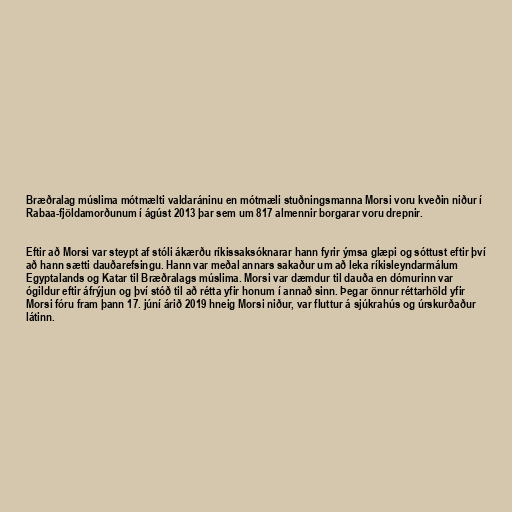
Bræðralag múslima mótmælti valdaráninu en mótmæli stuðningsmanna Morsi voru kveðin niður í
Rabaa-fjöldamorðunum í ágúst 2013 þar sem um 817 almennir borgarar voru drepnir.

Eftir að Morsi var steypt af stóli ákærðu ríkissaksóknarar hann fyrir ýmsa glæpi og sóttust eftir því
að hann sætti dauðarefsingu. Hann var meðal annars sakaður um að leka ríkisleyndarmálum
Egyptalands og Katar til Bræðralags múslima. Morsi var dæmdur til dauða en dómurinn var
ógildur eftir áfrýjun og því stóð til að rétta yfir honum í annað sinn. Þegar önnur réttarhöld yfir
Morsi fóru fram þann 17. júní árið 2019 hneig Morsi niður, var fluttur á sjúkrahús og úrskurðaður
látinn.